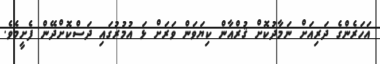
އަހަރެންގެ ދަރިއަށް ނަމާދުކޮށް ޤުރްއާން ކިޔަވަން ވަރަށް ޅަ އުމުރުގައި ދަސްކޮށްދޭން ފެށީމެވެ.